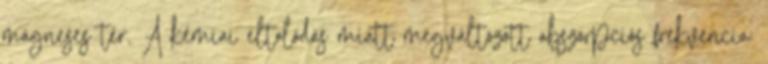
mágneses tér. A kémiai eltolódás miatt megváltozott abszorpciós frekvencia: